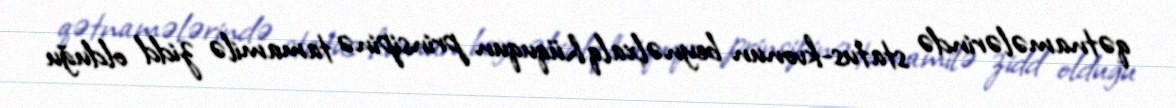
qətnamələrində status-kvonun beynəlxalq hüququn prinsipinə tamamilə zidd olduğu